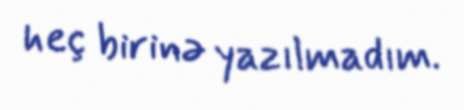
heç birinə yazılmadım.